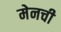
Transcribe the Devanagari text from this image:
मेनची